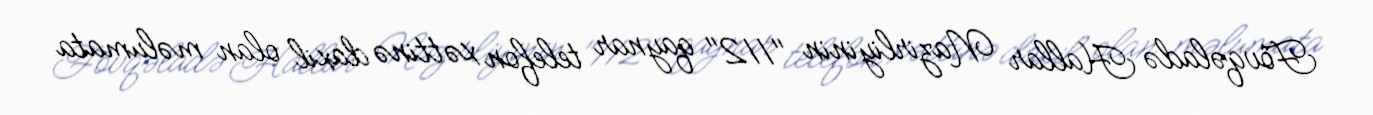
Fövqəladə Hallar Nazirliyinin "112" qaynar telefon xəttinə daxil olan məlumata